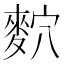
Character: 䴳